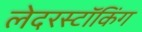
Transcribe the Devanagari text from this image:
लेदरस्टॉकिंग